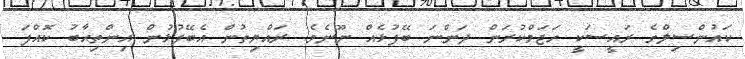
ކަައުންސިލްގެ ރަައީސަކީ ހަޖަމްކުރަންް ދަންނަ ބޭފުޅެއް ނޫނެވެ. ރައްޔިތުން އެބޭފުޅުން އިންތިޙާބު ކޮއްފަ